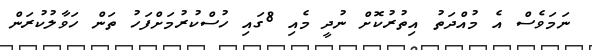
ނަމަވެސް އެ މުއްދަތު އިތުރުކޮށް ނުދީ މެއި 8ގައި ހުސްކުރުމަށްފަހު ތަން ހަވާލުކުރަން